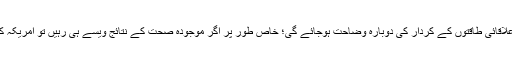
پانچواں؛ بڑی طاقتوں بالخصوص امریکہ اور چین اور دیگر علاقائی طاقتوں کے کردار کی دوبارہ وضاحت ہوجائے گی؛ خاص طور پر اگر موجودہ صحت کے نتائج ویسے ہی رہیں تو امریکہ کے مقابلے میں چین کی بین الاقوامی پوزیشن میں اضافہ ہوگا۔